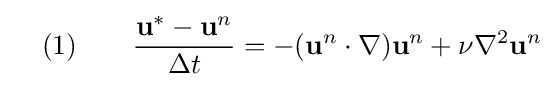
\quad (1)\qquad {\frac {\mathbf {u} ^{*}-\mathbf {u} ^{n}}{\Delta t}}=-(\mathbf {u} ^{n}\cdot \nabla )\mathbf {u} ^{n}+\nu \nabla ^{2}\mathbf {u} ^{n}